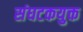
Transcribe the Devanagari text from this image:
संघटकयुक्त